Lunatic asylums in Bengal annual reports 1888-1898 - 1888-1898
Year: 1888
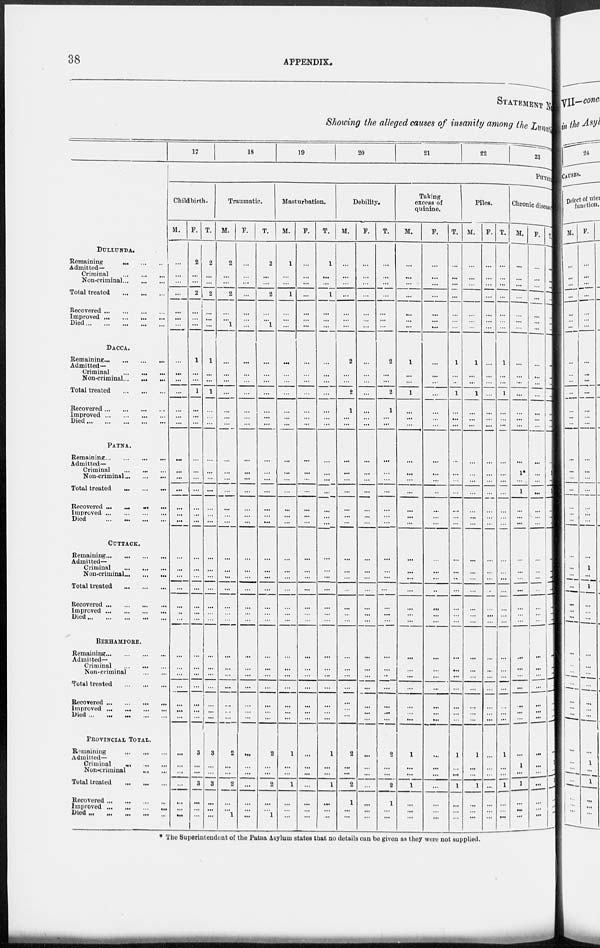
38
APPENDIX.
STATEMENT No.
Showing the alleged causes of insanity among the Lunatic
DULLUNDA.
Remaining
...
...
...
Admitted—
Criminal
...
...
...
Non-criminal ... ... ...
Total treated
...
...
...
Recovered ... ... ... ...
Improved
...
...
...
...
Died
...
...
...
...
...
DACCA.
Remaining ... ... ... ...
Admitted—
Criminal
...
...
...
Non-criminal ... ... ...
Total treated
...
...
...
Recovered
...
...
...
...
Improved
...
...
...
...
Died
...
...
...
...
...
PATNA.
Remaining ... ... ... ...
Admitted—
Criminal
...
...
...
Non-criminal ... ... ...
Total treated
...
...
...
Recovered ... ... ... ...
Improved
...
...
...
...
Died
...
...
...
...
CUTTACK.
Remaining
...
...
...
...
Admitted—
Criminal
...
...
...
Non-criminal ... ... ...
Total treated
...
...
...
Recovered
...
...
...
...
Improved
...
...
...
...
Died
...
...
...
...
...
BERHAMPORE.
Remaining
...
...
...
...
Admitted—
Criminal
...
...
...
Non-criminal
...
...
Total treated
...
...
...
Recovered
...
...
...
...
Improved
...
...
...
...
Died ...
...
...
...
...
PROVINCIAL TOTAL.
Remaining
...
...
...
Admitted—
Criminal
...
...
...
Non-criminal ... ...
Total treated
...
...
...
Recovered
...
...
...
...
Improved ...
...
...
...
Died
...
...
...
...
...
17
18
19
20
21
22
23
PHYSICAL.
Childbirth.
M.
...
...
...
...
...
...
...
...
...
...
...
...
...
...
...
...
...
...
...
...
...
...
...
...
...
...
...
...
...
...
...
...
...
...
...
...
...
...
...
...
...
...
F. T.
2
...
...
2
...
...
...
1
...
...
1
...
...
...
...
...
...
...
...
...
...
...
...
...
...
...
...
...
...
...
...
...
...
...
...
3
...
...
3
...
...
...
2
...
...
2
...
...
...
1
...
...
1
...
...
...
...
...
...
...
...
...
...
...
...
...
...
...
...
...
...
...
...
...
...
...
...
3
...
...
3
...
...
...
Traumatic.
M.
2
...
...
2
...
...
1
...
...
...
...
...
... ...
...
...
...
...
...
...
...
...
...
...
...
...
...
...
...
...
...
...
...
...
...
2
...
...
2
...
...
1
F.
...
...
...
...
...
...
...
...
...
...
...
...
... ...
...
...
...
...
...
...
...
...
...
...
...
...
...
...
...
...
...
...
...
...
...
...
...
...
...
...
...
...
T.
2
...
...
2
...
...
1
...
...
...
...
...
...
...
...
...
...
...
...
...
...
...
...
...
...
...
...
...
...
...
...
...
...
...
...
2
...
...
2
...
...
1
Masturbation.
M.
1
...
...
1
...
...
...
...
...
...
...
...
...
...
...
...
...
...
...
...
...
...
...
...
...
...
...
...
...
...
...
...
...
...
...
1
...
...
1
...
...
...
F.
...
...
...
...
...
...
...
...
...
...
...
...
... ...
...
...
...
...
...
...
...
...
...
...
...
...
...
...
...
...
...
...
...
...
...
...
...
...
...
...
...
T.
1
...
...
1
...
...
...
...
...
...
...
...
... ...
...
...
...
...
...
...
...
...
...
...
...
...
...
...
...
...
...
...
...
...
...
1
...
...
1
...
...
...
Debility.
M.
...
...
...
...
...
...
...
2
...
...
2
1
...
...
...
...
...
...
...
...
...
...
...
...
...
...
...
...
...
...
...
...
...
...
...
2
...
...
2
1
...
...
F.
...
...
...
...
...
...
...
...
...
...
...
...
...
...
...
...
...
...
...
...
...
...
...
...
...
...
...
...
...
...
...
...
...
...
...
...
...
...
...
...
...
...
T.
...
...
...
...
...
...
...
2
...
...
2
1
...
...
...
...
...
...
...
...
...
...
...
...
...
...
...
...
...
...
...
...
...
...
...
2
...
...
2
1
...
...
Taking
excess of
quinine.
M.
...
...
...
...
...
...
...
1
...
...
1
...
...
...
...
...
...
...
...
...
...
...
...
...
...
...
...
...
...
...
...
...
...
...
...
1
...
...
1
...
...
...
F.
...
...
...
...
...
...
...
...
...
...
...
...
...
...
...
...
...
...
...
...
...
...
...
...
...
...
...
...
...
...
...
...
...
...
...
...
...
...
...
...
...
...
T.
...
...
...
...
...
...
...
1
...
...
1
...
...
...
...
...
...
...
...
...
...
...
...
...
...
...
...
...
...
...
...
...
...
...
...
1
...
...
1
...
...
...
Piles.
M.
...
...
...
...
...
...
...
1
...
...
1
...
...
...
...
...
...
...
...
...
...
...
...
...
...
...
...
...
...
...
...
...
...
...
...
1
...
...
1
...
...
...
F.
...
...
...
...
...
...
...
...
...
...
...
...
...
...
...
...
...
...
...
...
...
...
...
...
...
...
...
...
...
...
...
...
...
...
...
...
...
...
...
...
...
...
T.
...
...
...
...
...
...
...
1
...
...
1
...
...
...
...
...
...
...
...
...
...
...
...
...
...
...
...
...
...
...
...
...
...
...
...
1
...
...
1
...
...
...
Chronic disease.
M.
...
...
...
...
...
...
...
...
...
...
...
...
...
...
...
1*
...
1
...
...
...
...
...
...
...
...
...
...
...
...
...
...
...
...
...
...
1
...
1
...
...
...
F.
...
...
...
...
...
...
...
...
...
...
...
...
...
...
...
...
...
...
...
...
...
...
...
...
...
...
...
...
...
...
...
...
...
...
...
...
...
...
...
...
...
...
T.
...
...
...
...
...
...
...
...
...
...
...
...
...
...
...
1
...
1
...
...
...
...
...
...
...
...
...
...
...
...
...
...
...
...
...
...
1
...
1
...
...
...
* The Superintendent of the Patna Asylum states that no details can be given as they were not supplied.